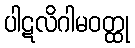
ပါဋလိဂါမဝတ္ထု